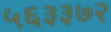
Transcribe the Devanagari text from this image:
५६३३७२